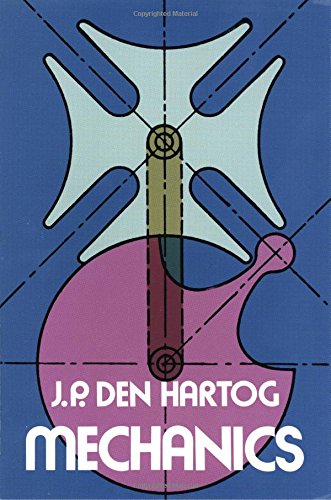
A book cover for Mechanics (Dover Books on Physics); J. P. Den Hartog; Science & Math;